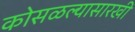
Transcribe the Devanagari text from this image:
कोसळल्यासारखी